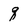
Character: q